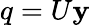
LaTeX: q=U\mathbf{y}